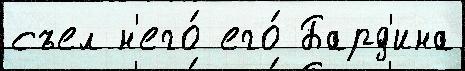
съел н'его́ его́ Бард'ина